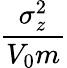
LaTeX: \frac{\sigma_{z}^{2}}{V_{0}m}